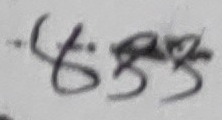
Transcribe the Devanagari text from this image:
-६.९५